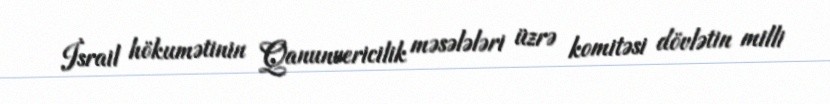
İsrail hökumətinin Qanunvericilik məsələləri üzrə komitəsi dövlətin milli